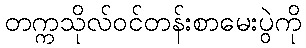
တက္ကသိုလ်ဝင်တန်းစာမေးပွဲကို